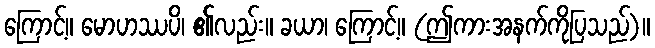
ကြောင့်။ မောဟဿပိ၊ ၏လည်း။ ခယာ၊ ကြောင့်။ (ဤကားအနက်ကိုပြသည်)။